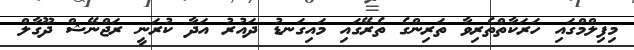
މިފިލްމްގައި ހަރަކާތްތެރިވާ ތަރިންގެ ތެރޭގައި މައިގަނޑު ދައުރު އަދާ ކުރަނީ ރަޖްނޭޝް ދޫގާލް